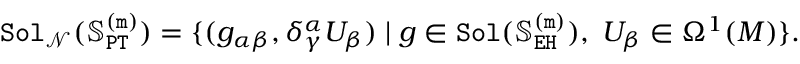
\begin{array} { r } { \mathtt { S o l } _ { \mathcal { N } } ( \mathbb { S } _ { \mathtt { P T } } ^ { \mathtt { ( m ) } } ) = \{ ( g _ { \alpha \beta } , \delta _ { \gamma } ^ { \alpha } U _ { \beta } ) \mid g \in \mathtt { S o l } ( \mathbb { S } _ { \mathtt { E H } } ^ { \mathtt { ( m ) } } ) , \; U _ { \beta } \in \Omega ^ { 1 } ( M ) \} . } \end{array}